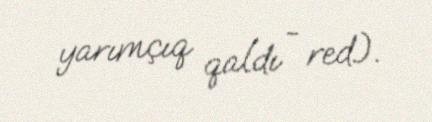
yarımçıq qaldı - red.).